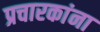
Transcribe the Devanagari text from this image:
प्रचारकांना